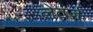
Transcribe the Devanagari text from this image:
लेटर्ज़